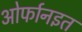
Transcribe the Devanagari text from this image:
ओर्फानइत